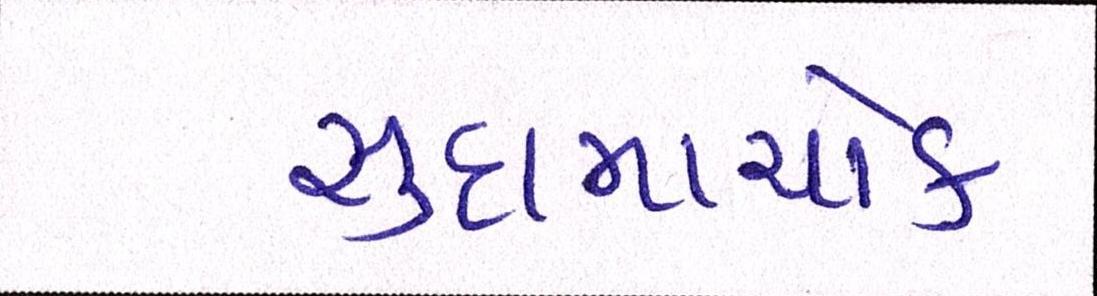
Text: સુદામાચોક